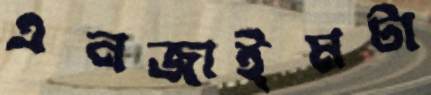
এনজাইমটা